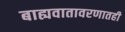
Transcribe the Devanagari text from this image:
बाह्यवातावरणातही